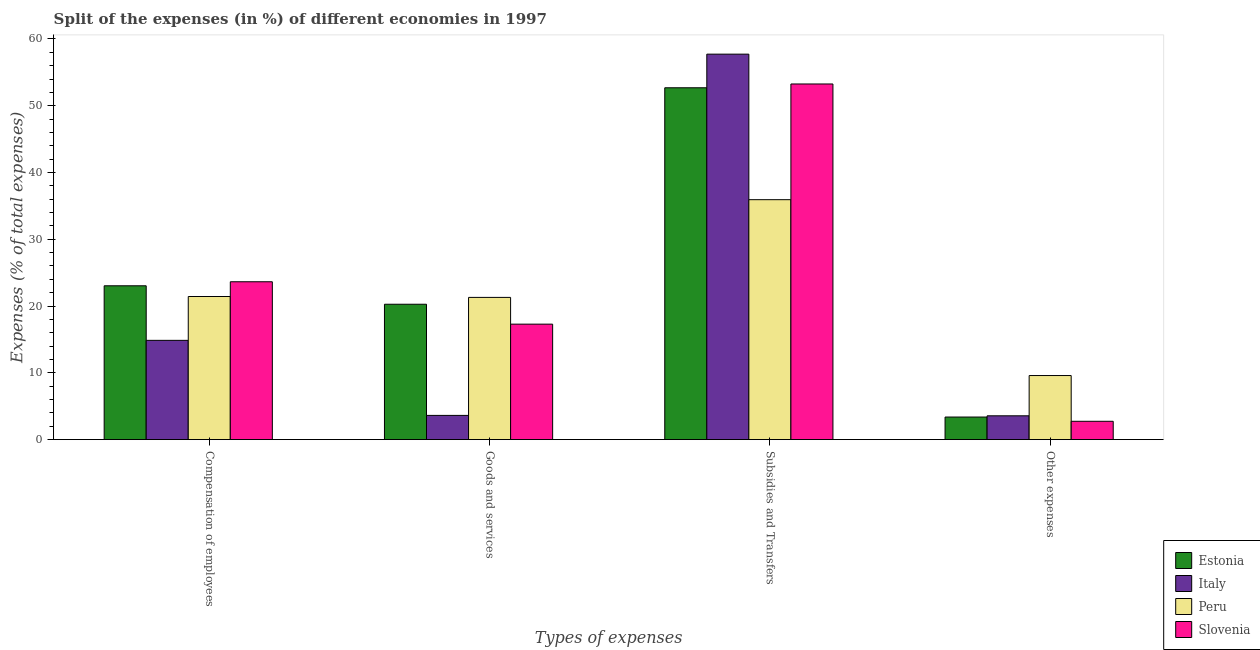
| Types of expenses | Estonia | Italy | Peru | Slovenia |
 | --- | --- | --- | --- | --- |
 | Compensation of employees | 23 | 14.9 | 21.4 | 23.6 |
 | Goods and services | 20.3 | 3.63 | 21.3 | 17.3 |
 | Subsidies and Transfers | 52.7 | 57.7 | 35.9 | 53.3 |
 | Other expenses | 3.38 | 3.56 | 9.59 | 2.74 |